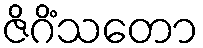
ဇိဂိံသတော